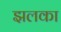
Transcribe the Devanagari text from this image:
झलका